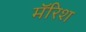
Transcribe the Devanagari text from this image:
मॅरिश